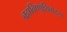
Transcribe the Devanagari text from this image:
ब्रह्मविष्णुशिवादयः